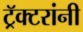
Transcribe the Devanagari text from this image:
ट्रॅक्टरांनी